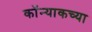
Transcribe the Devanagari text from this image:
कॉन्याकच्या